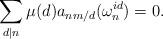
LaTeX: \begin{align*}\sum_{d \mid n} \mu(d) a_{nm/d}(\omega_n^{id})=0.\end{align*}